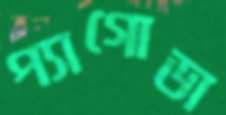
প্যাগোডা